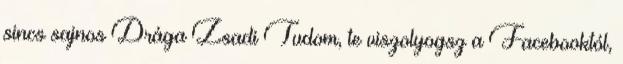
sincs sajnos Drága Zsadi Tudom, te viszolyogsz a Facebooktól,